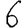
Digit: 6